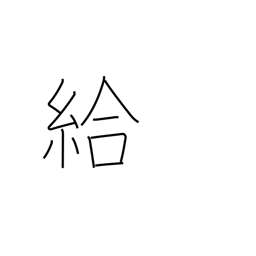
Meaning: wage